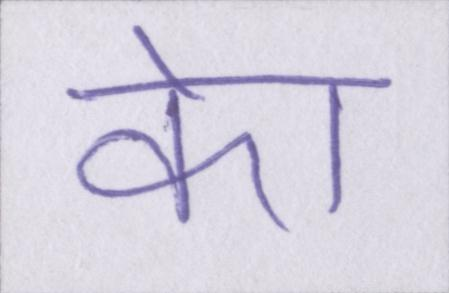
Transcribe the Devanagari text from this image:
केा